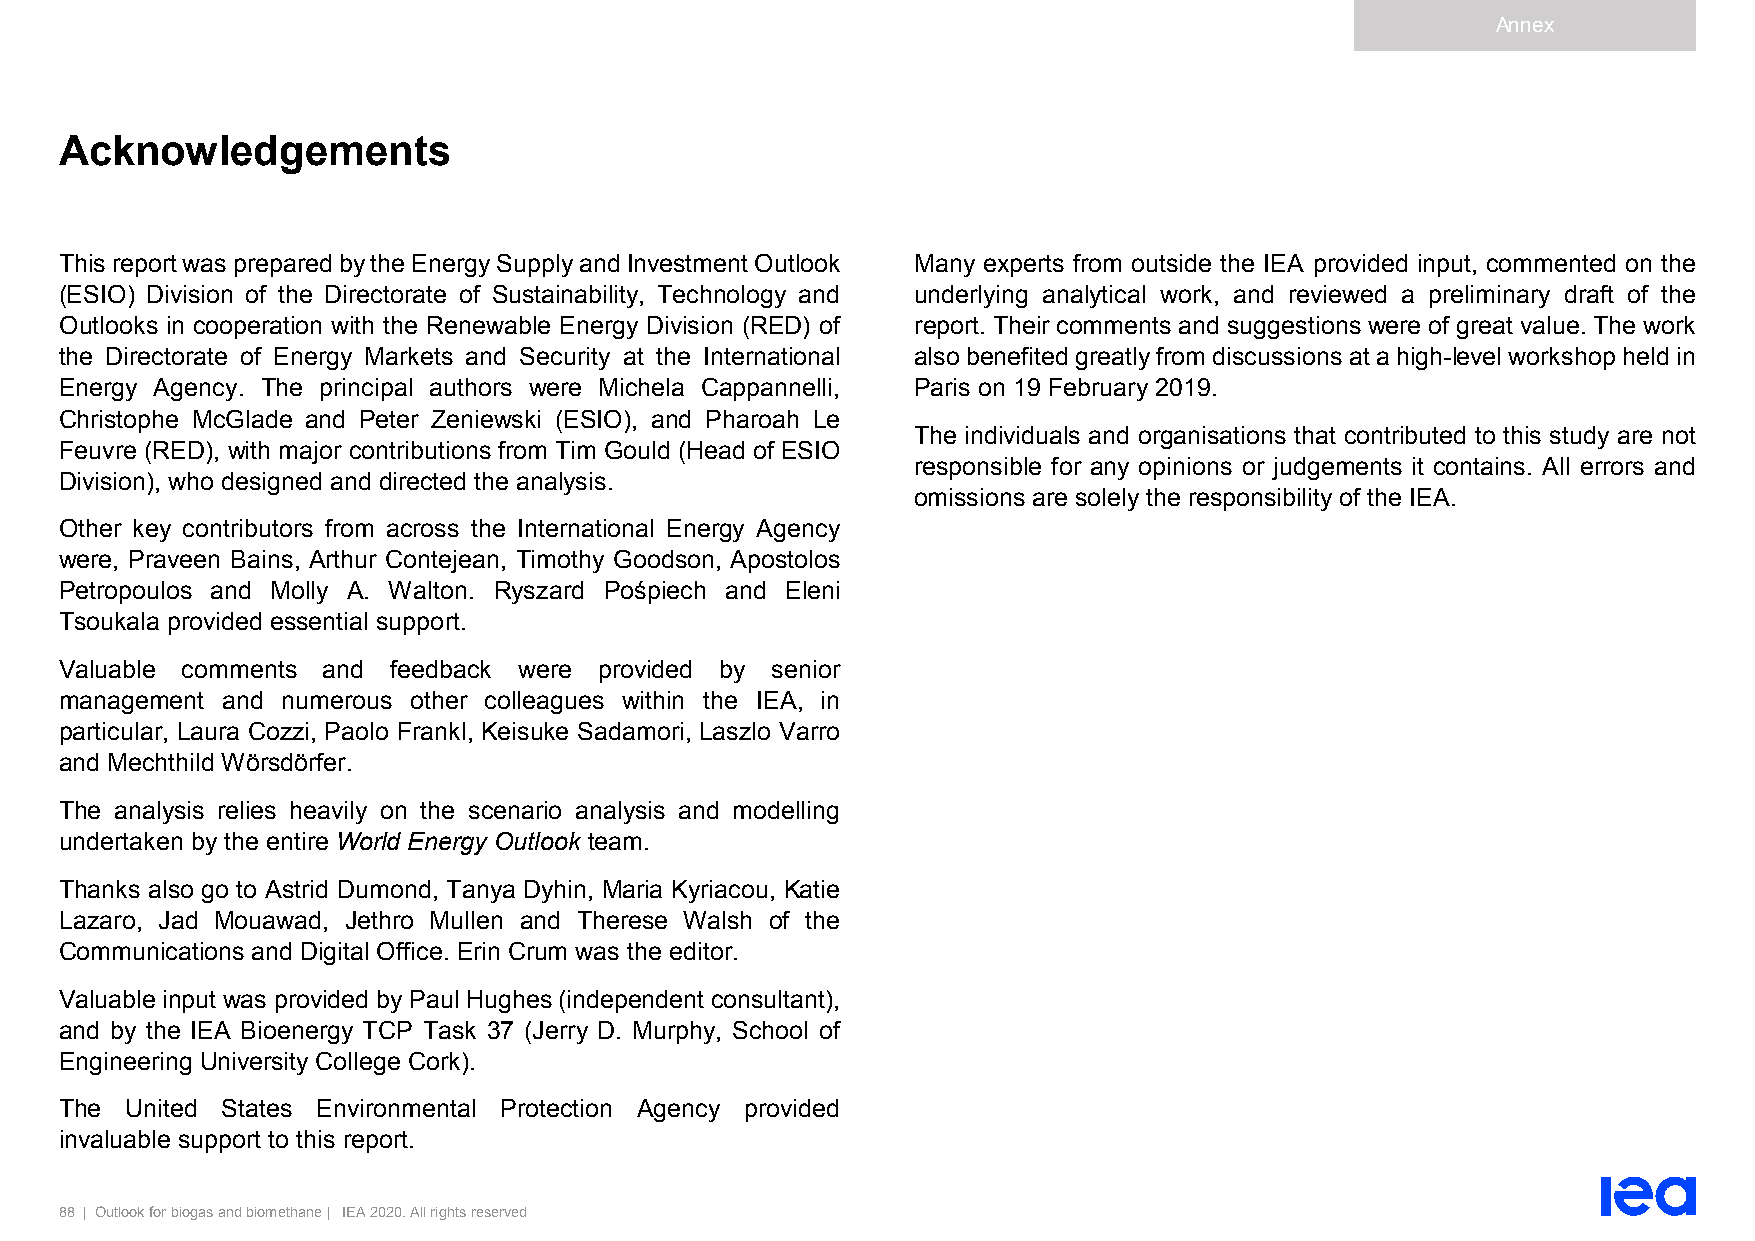
Annex
 Acknowledgements
 This report was prepared by the Energy Supply and Investment Outlook Many experts from outside the IEA provided input, commented on the
 (ESIO) Division of the Directorate of Sustainability, Technology and underlying analytical work, and reviewed a preliminary draft of the
 Outlooks in cooperation with the Renewable Energy Division (RED) of report. Their comments and suggestions were of great value. The work
 the Directorate of Energy Markets and Security at the International also benefited greatly from discussions at a high-level workshop held in
 Energy Agency. The principal authors were Michela Cappannelli, Paris on 19 February 2019.
 Christophe McGlade and Peter Zeniewski (ESIO), and Pharoah Le
 The individuals and organisations that contributed to this study are not
 Feuvre (RED), with major contributions from Tim Gould (Head of ESIO
 responsible for any opinions or judgements it contains. All errors and
 Division), who designed and directed the analysis.
 omissions are solely the responsibility of the IEA.
 Other key contributors from across the International Energy Agency
 were, Praveen Bains, Arthur Contejean, Timothy Goodson, Apostolos
 Petropoulos and Molly A. Walton. Ryszard Pośpiech and Eleni
 Tsoukala provided essential support.
 Valuable comments and feedback were provided by senior
 management and numerous other colleagues within the IEA, in
 particular, Laura Cozzi, Paolo Frankl, Keisuke Sadamori, Laszlo Varro
 and Mechthild Wörsdörfer.
 The analysis relies heavily on the scenario analysis and modelling
 undertaken by the entire World Energy Outlook team.
 Thanks also go to Astrid Dumond, Tanya Dyhin, Maria Kyriacou, Katie
 Lazaro, Jad Mouawad, Jethro Mullen and Therese Walsh of the
 Communications and Digital Office. Erin Crum was the editor.
 Valuable input was provided by Paul Hughes (independent consultant),
 and by the IEA Bioenergy TCP Task 37 (Jerry D. Murphy, School of
 Engineering University College Cork).
 The United States Environmental Protection Agency provided
 invaluable support to this report.
 88 | Outlook for biogas and biomethane | IEA 2020. All rights reserved